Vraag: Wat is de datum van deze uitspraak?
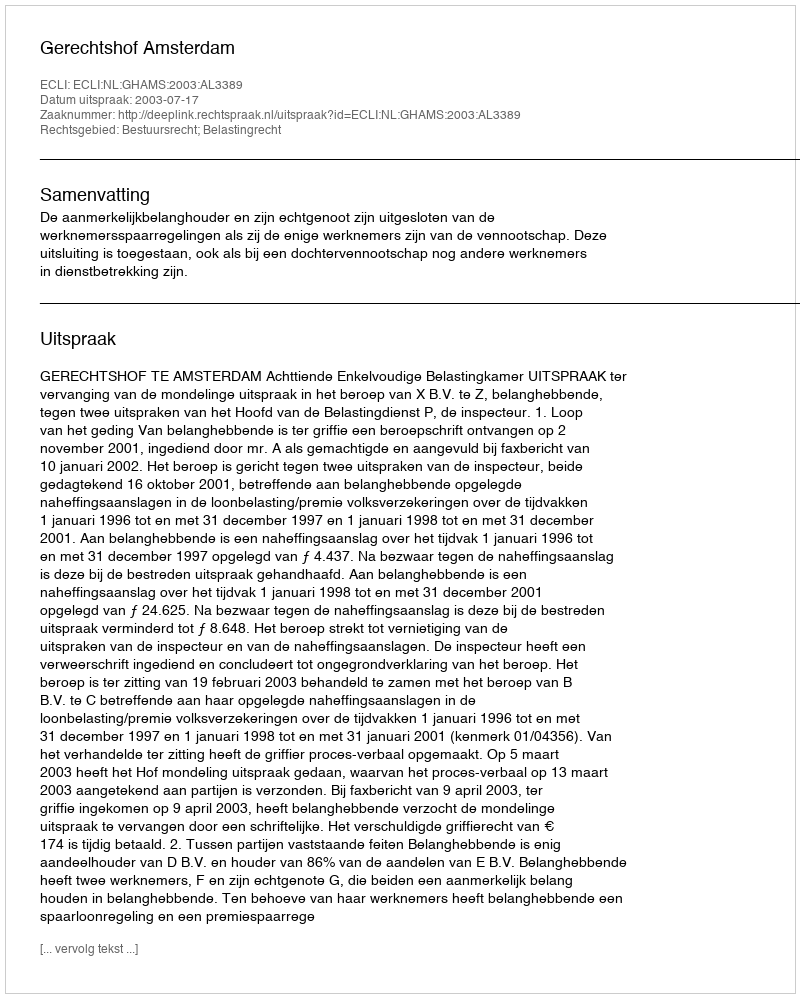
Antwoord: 2003-07-17